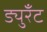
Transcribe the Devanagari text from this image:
ड्युरँट